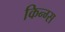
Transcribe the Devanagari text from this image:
किन्ग्स